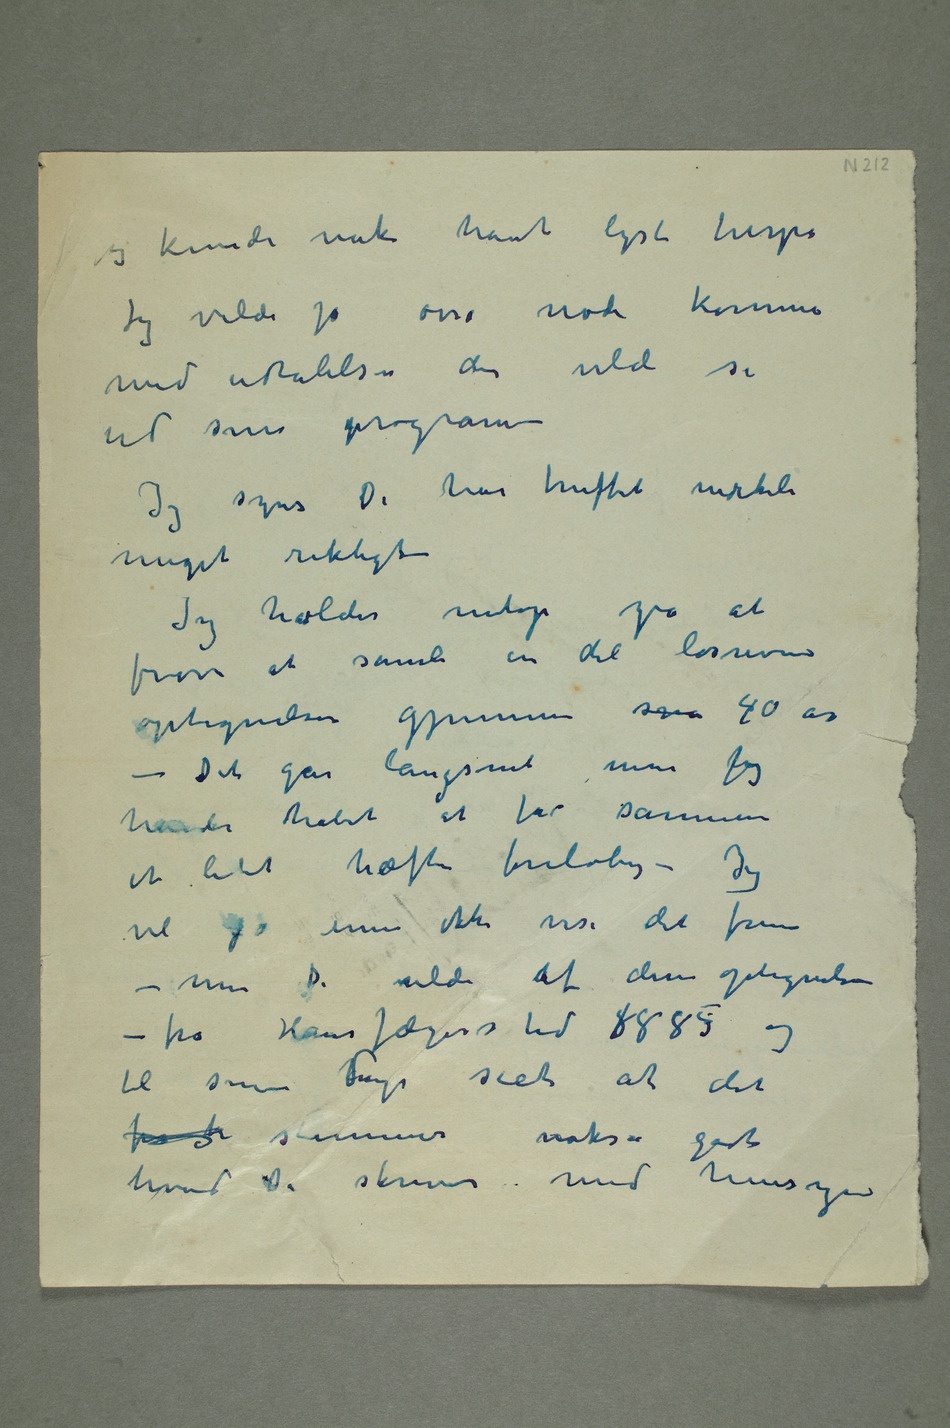
Jeg kunde nok havt lyst herpå
Jeg vilde jo osså nok komme
med udtalelser der vilde se
ud som program –
Jeg syns De har truffet mærkeli
meget rigtigt
Jeg holder netop på at
prøve at samle en del løsrevne
– Det går langsomt men hjeg
havde håbet at få sammen
et litet hæfte foreløbig – Jeg
vil jo ennu ikke vise det frem
– men De vilde af disse optegnelser
– fra Hans Jægers tid 81885 og
til senere dage seet at det
fra st stemmer nokså godt